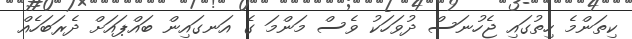
ކިތަންމެ ހިތުގައި ޖެހުނަސް ދުވަހަކު ވެސް މަންމަ ގެ އަނގައިން ބައްޕައަށް ދެރަބަހެއް